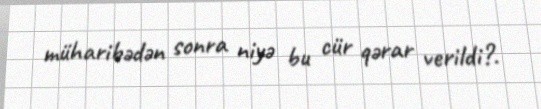
müharibədən sonra niyə bu cür qərar verildi?.